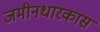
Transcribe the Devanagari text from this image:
जमीनधारकास